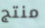
منتج